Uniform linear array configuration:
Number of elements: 4
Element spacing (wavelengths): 0.75
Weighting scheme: hann
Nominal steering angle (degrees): -60
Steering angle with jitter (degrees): -58.8
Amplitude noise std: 0.05
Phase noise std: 0.05

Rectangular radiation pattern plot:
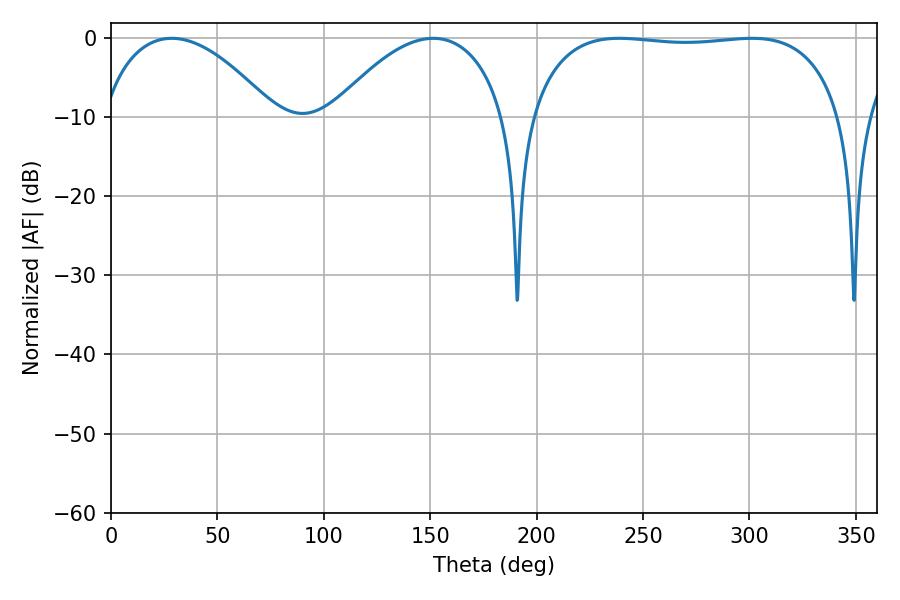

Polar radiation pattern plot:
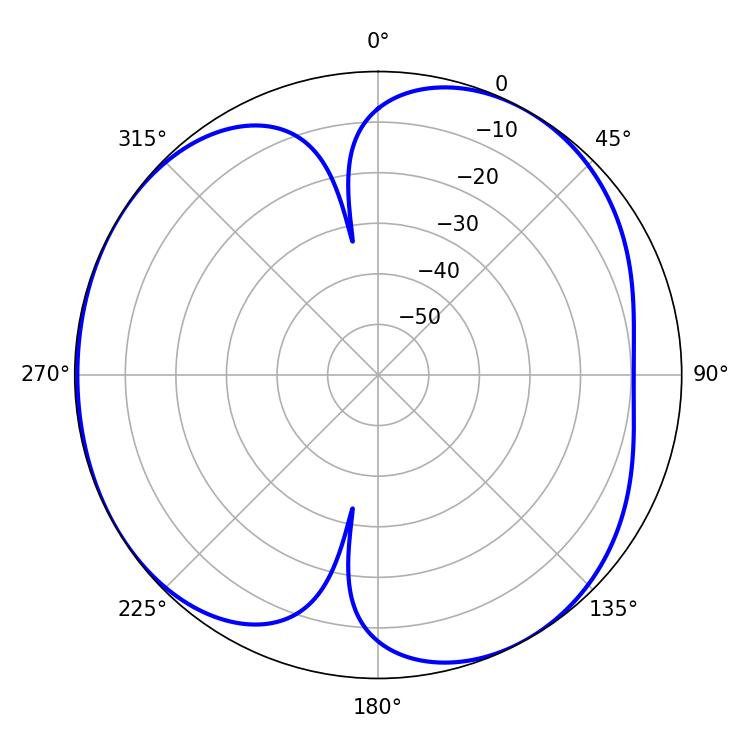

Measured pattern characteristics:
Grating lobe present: TRUE
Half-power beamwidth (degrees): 117
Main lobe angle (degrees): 238.86